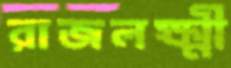
রাজলক্ষ্মী